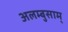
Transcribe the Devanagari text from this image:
अलम्बुसाम्